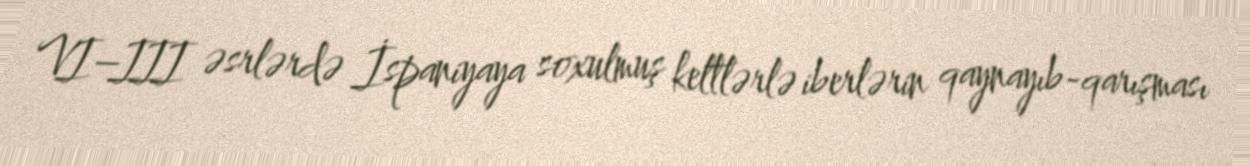
VI–III əsrlərdə İspaniyaya soxulmuş keltlərlə iberlərin qaynayıb-qarışması